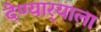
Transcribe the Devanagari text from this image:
देण्यार्‍याला